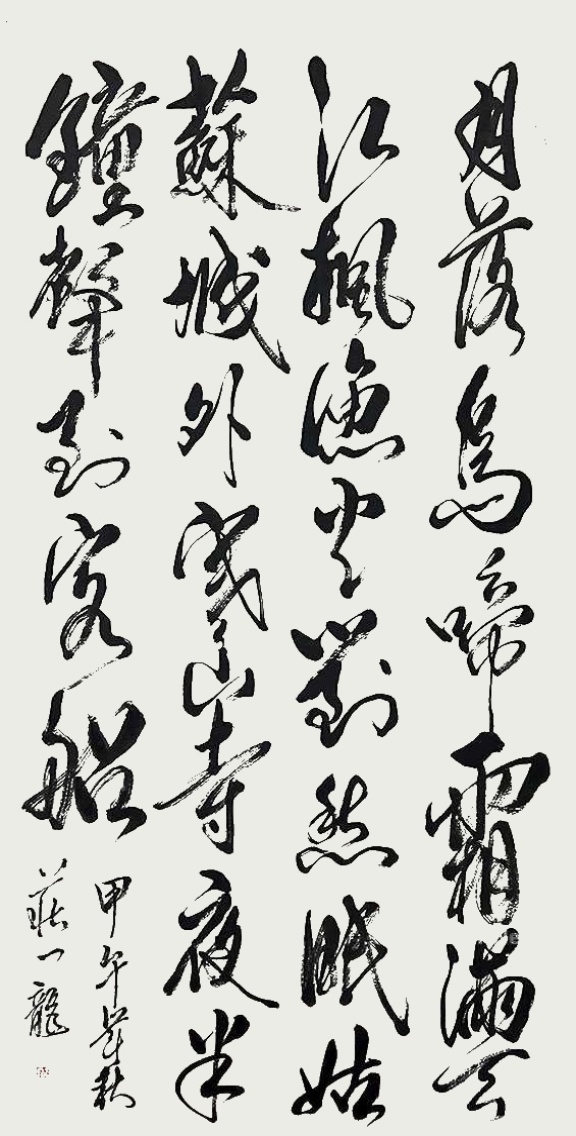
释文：月落乌啼霜满天，江枫渔火对愁眠。姑苏城外寒山寺，夜半钟声到客船。庄一龙